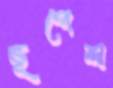
ভূপেশ